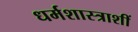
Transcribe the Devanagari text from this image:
धर्मशास्त्राशीं